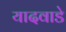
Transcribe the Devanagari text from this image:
यादवाडे